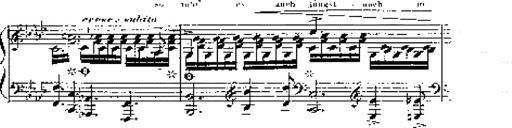
Title: 12 Lieder von Franz Schubert
Composer: Franz Liszt